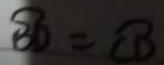
\widehat { B D } = \widehat { C D }